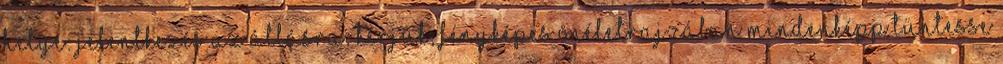
helye: Jelentkezés az állásra: Kérjük, fényképes önéletrajzában mindenképp tüntesse